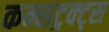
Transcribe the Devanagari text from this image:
कन्सट्रक्ट्स